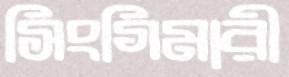
সিংগিমারী